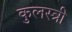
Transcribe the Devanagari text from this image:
कुलस्त्री